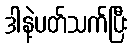
ဒါနဲ့ပတ်သက်ပြီး